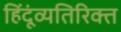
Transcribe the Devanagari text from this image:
हिंदूंव्यतिरिक्त